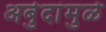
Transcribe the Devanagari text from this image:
अर्बुदांमुळे